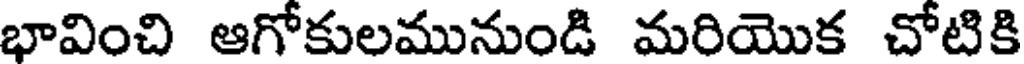
భావించి ఆగోకులమునుండి మరియొక చోటికి